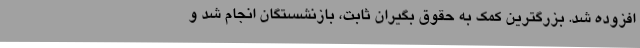
افزوده شد. بزرگترین کمک به حقوق بگیران ثابت، بازنشستگان انجام شد و